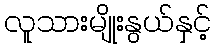
လူသားမျိုးနွယ်နှင့်